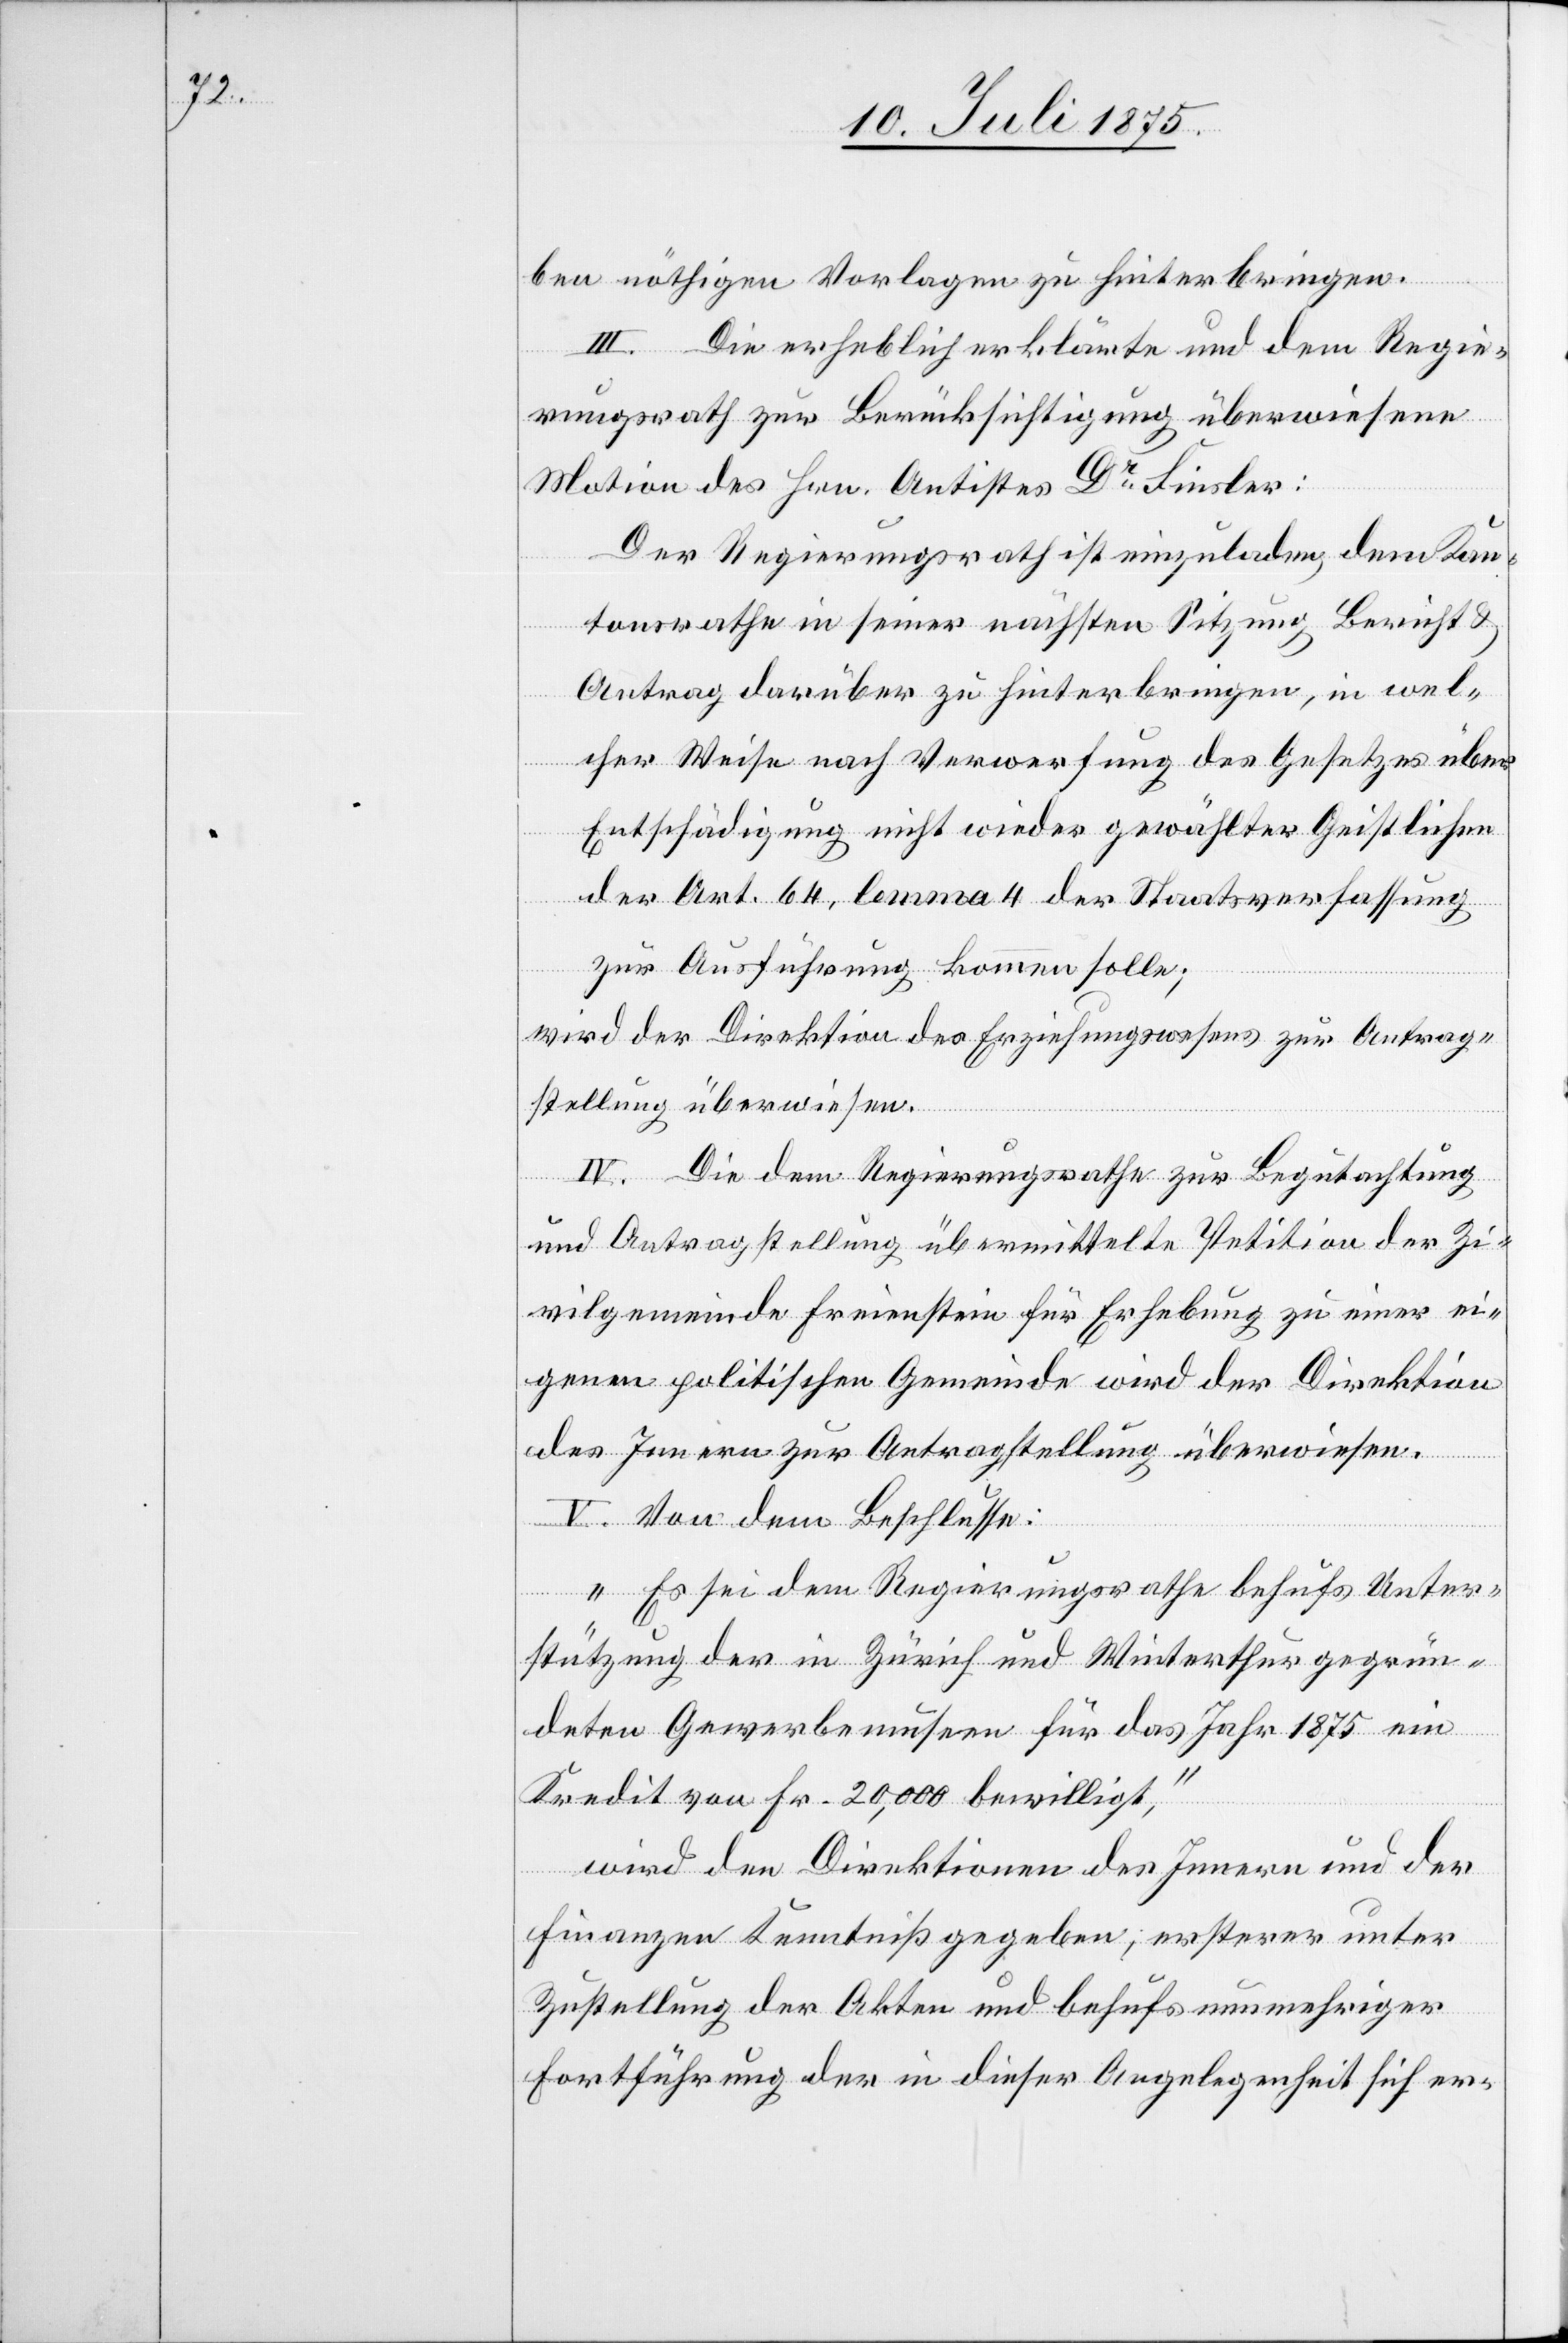
ben nöthigen Vorlagen zu hinterbringen.
III. Die erheblich erklärte und dem Regie¬
rungsrath zur Berücksichtigung überwiesene
Motion des Hrn. Antistes Dr Finsler:
Der Regierungsrath ist einzuladen dem Kan¬
tonsrathe in seiner nächsten Sitzung Bericht &
Antrag darüber zu hinterbringen, in wel¬
cher Weise nach Verwerfung des Gesetzes über
Entschädigung nicht wieder gewählter Geistlichen
der Art. 64, lemma 4 der Staatsverfassung
zur Ausführung kommen solle;
wird der Direktion des Erziehungswesens zur Antrag¬
stellung überwiesen.
IV. Die dem Regierungsrathe zur Begutachtung
und Antragstellung übermittelte Petition der Zi¬
vilgemeinde Freienstein für Erhebung zu einer ei¬
genen politischen Gemeinde wird der Direktion
des Innern zur Antragstellung überwiesen.
V. Von dem Beschlusse:
„Es sei dem Regierungsrathe behufs Unter¬
stützung der in Zürich und Winterthur gegrün¬
deten Gewerbemuseen für das Jahr 1875 ein
Kredit von Fr. 20,000 bewilligt,“
wird den Direktionen des Innern und der
Finanzen Kenntniß gegeben, ersterer unter
Zustellung der Akten und behufs nunmehriger
Fortführung der in dieser Angelegenheit sich er-